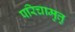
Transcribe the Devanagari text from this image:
परिचामुत्तु